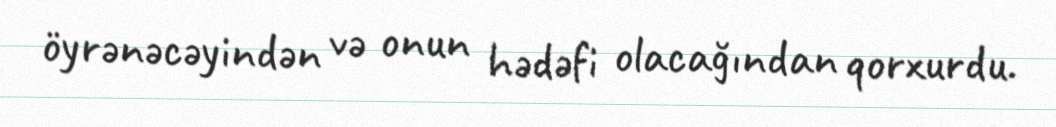
öyrənəcəyindən və onun hədəfi olacağından qorxurdu.